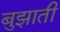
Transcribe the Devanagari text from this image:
बुझाती